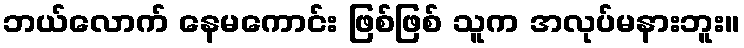
ဘယ်လောက် နေမကောင်း ဖြစ်ဖြစ် သူက အလုပ်မနားဘူး။